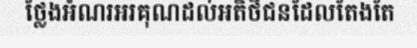
ថ្លែងអំណរអរគុណដល់អតិថិជនដែលតែងតែ